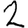
Digit: 2